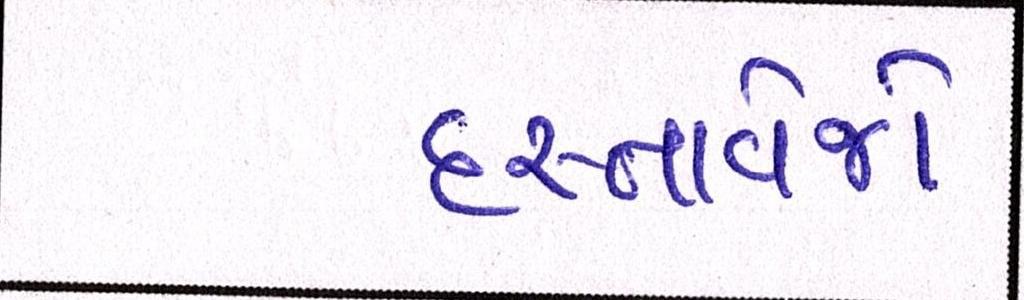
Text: દસ્તાવેજો